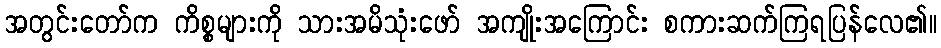
အတွင်းတော်က ကိစ္စများကို သားအမိသုံးဖော် အကျိုးအကြောင်း စကားဆက်ကြရပြန်လေ၏။